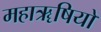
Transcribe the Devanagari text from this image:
महाॠषियों